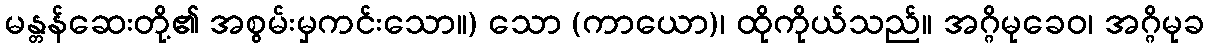
မန္တန်ဆေးတို့၏ အစွမ်းမှကင်းသော။) သော (ကာယော)၊ ထိုကိုယ်သည်။ အဂ္ဂိမုခေဝ၊ အဂ္ဂိမုခ